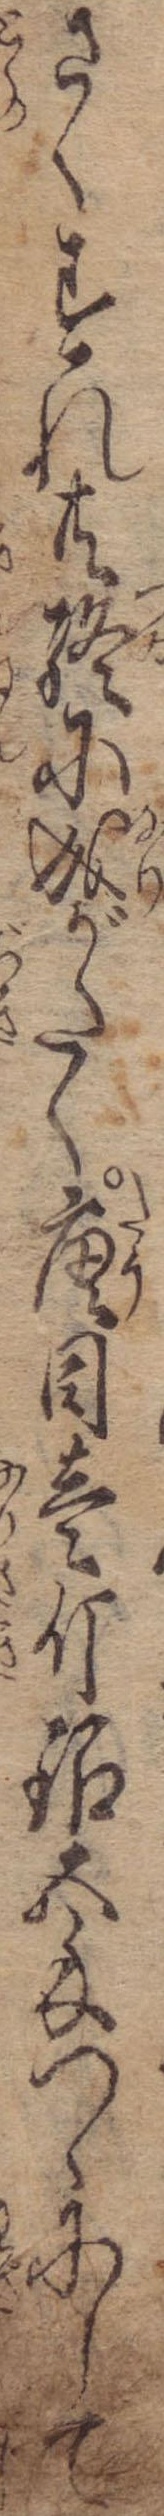
さくすれ共終に成がたく唐目壱斤銀五匁つゝにして